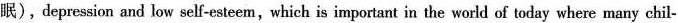
眠),depression and low self-esteem,which is important in the world of today where many chil-